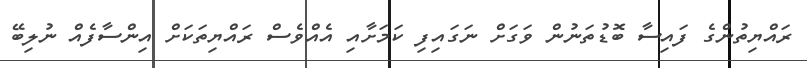
ރައްޔިތުންގެ ފައިސާ ބޮޑުތަނުން ވަގަށް ނަގައިފި ކަމަށާއި އެއްވެސް ރައްޔިތަކަށް އިންސާފެއް ނުލިބޭ